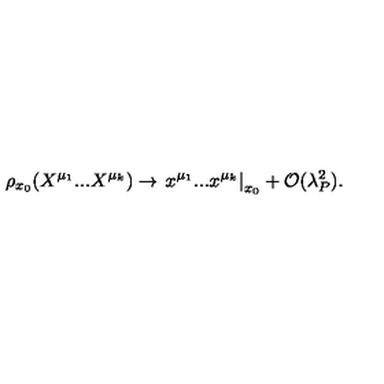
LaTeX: \rho _ { x _ { 0 } } ( X ^ { \mu _ { 1 } } . . . X ^ { \mu _ { k } } ) \rightarrow \left. x ^ { \mu _ { 1 } } . . . x ^ { \mu _ { k } } \right| _ { x _ { 0 } } + { \cal O } ( \lambda _ { P } ^ { 2 } ) .